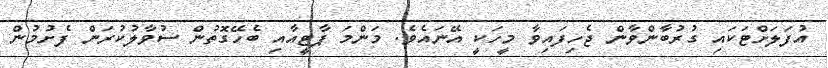
އުފަލަށްޓަކައި ގުރުބާންވާން ޖެހިފައިވާ މީހަކީ އޭނައެވެ. މަންމަ ޕާޓީއާއި ބެހޭގޮތުން ސުވާލުކުރަން ފެށުމުން